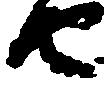
由